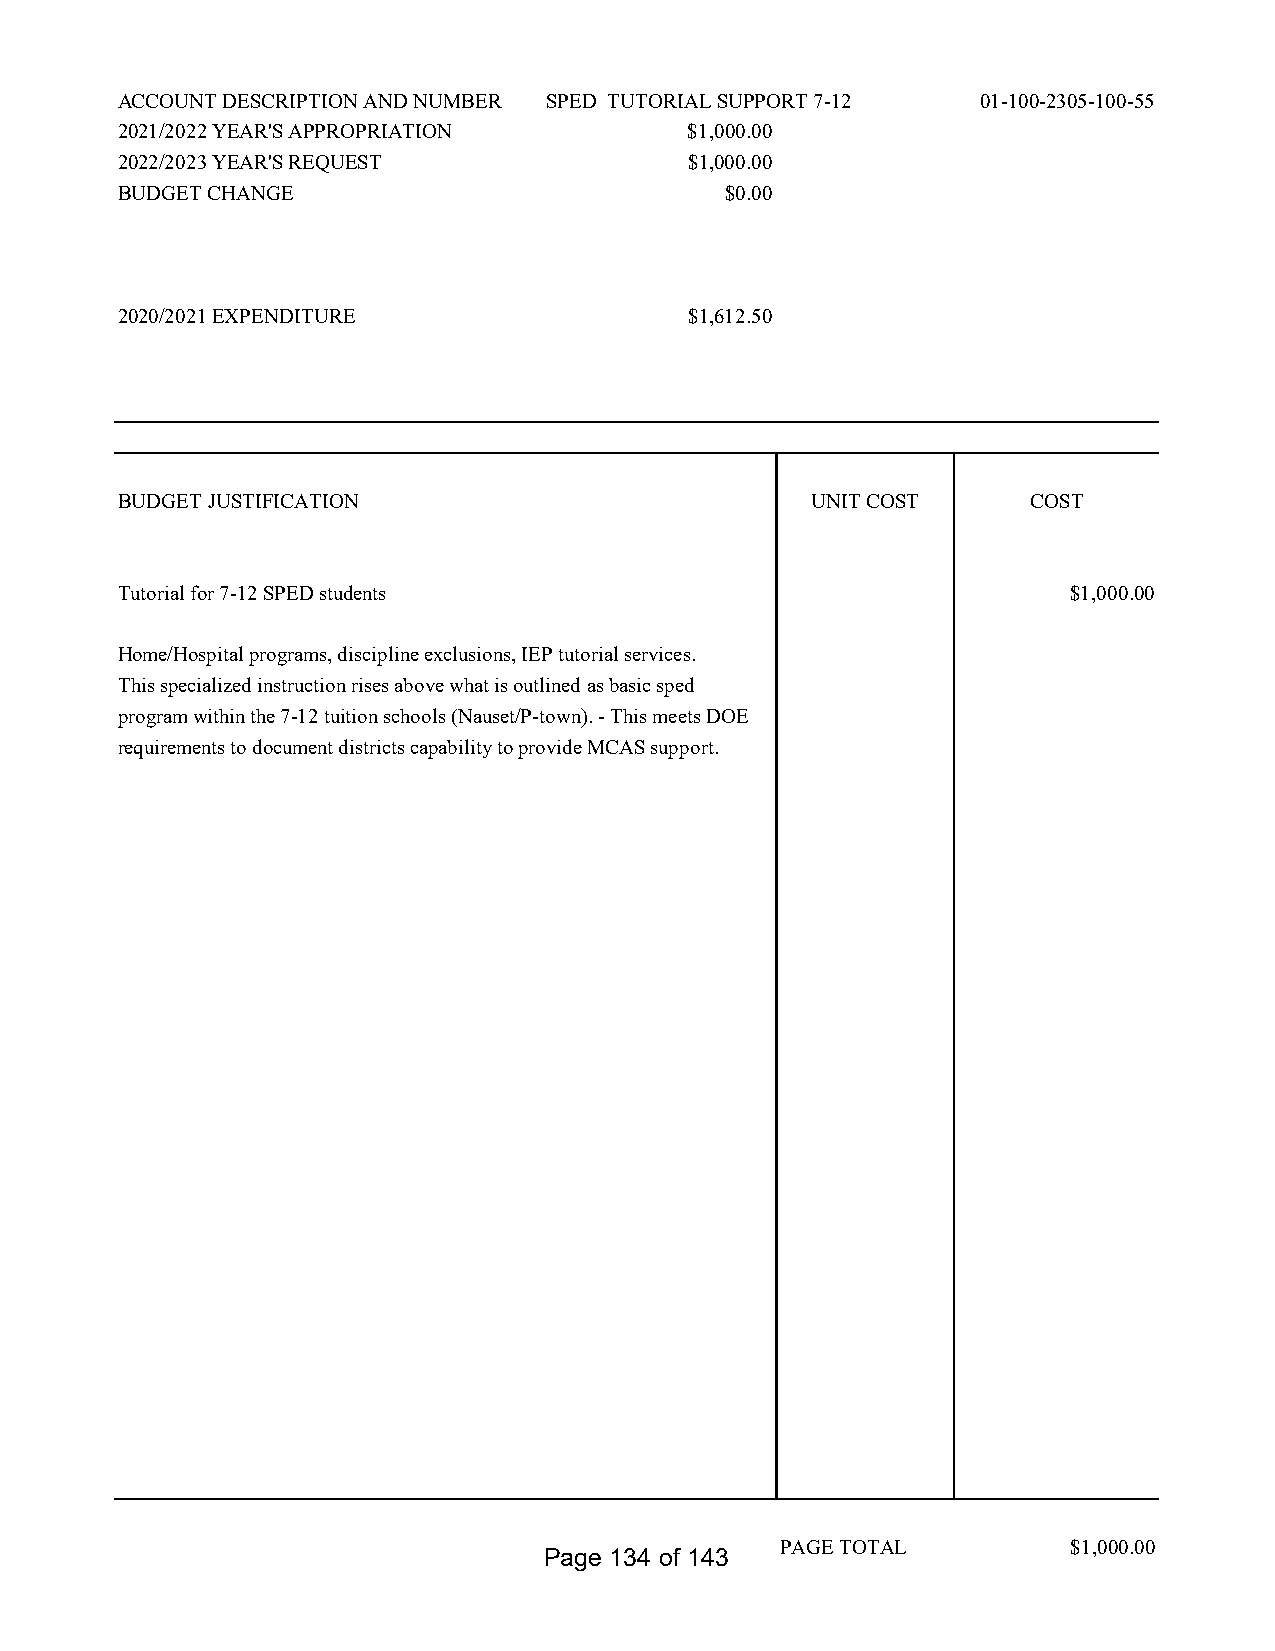
ACCOUNT DESCRIPTION AND NUMBER SPED TUTORIAL SUPPORT 7-12 01-100-2305-100-55
 2021/2022 YEAR'S APPROPRIATION        $1,000.00
 2022/2023 YEAR'S REQUEST              $1,000.00
 BUDGET CHANGE                           $0.00
 2020/2021 EXPENDITURE                 $1,612.50
 BUDGET JUSTIFICATION                          UNIT COST     COST
 Tutorial for 7-12 SPED students                                $1,000.00
 Home/Hospital programs, discipline exclusions, IEP tutorial services.
 This specialized instruction rises above what is outlined as basic sped
 program within the 7-12 tuition schools (Nauset/P-town). - This meets DOE
 requirements to document districts capability to provide MCAS support.
 PAGE TOTAL         $1,000.00
 Page 134 of 143